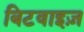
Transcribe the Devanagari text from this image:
बिटवाइज़